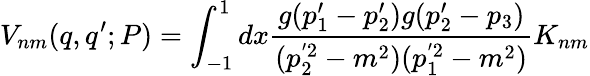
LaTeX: V_{nm}(q,q^{\prime};P)=\int_{-1}^{1}dx\frac{g(p_{1}^{\prime}-p_{2}^{\prime})g(p_{2}^{\prime}-p_{3})}{(p_{2}^{'2}-m^{2})(p_{1}^{'2}-m^{2})}K_{nm}